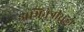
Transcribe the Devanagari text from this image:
अभिनेत्रीसुद्धा